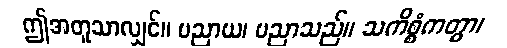
ဤအတူသာလျှင်။ ပညာယ၊ ပညာသည်။ သကိစ္စံကတွာ၊